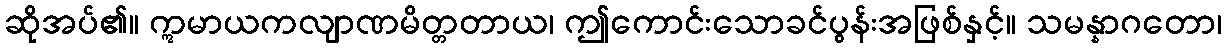
ဆိုအပ်၏။ ဣမာယကလျာဏမိတ္တတာယ၊ ဤကောင်းသောခင်ပွန်းအဖြစ်နှင့်။ သမန္နာဂတော၊